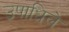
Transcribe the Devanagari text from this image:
उपाधिले